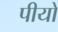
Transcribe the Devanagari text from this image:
पीयो